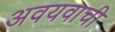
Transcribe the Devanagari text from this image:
अवयवाची